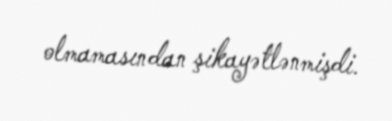
olmamasından şikayətlənmişdi.